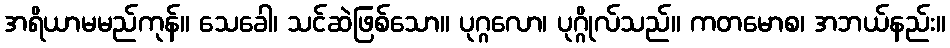
အရိယာမမည်ကုန်။ သေခေါ၊ သင်ဆဲဖြစ်သော။ ပုဂ္ဂလော၊ ပုဂ္ဂိုလ်သည်။ ကတမောစ၊ အဘယ်နည်း။